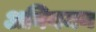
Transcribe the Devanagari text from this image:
अनियमन